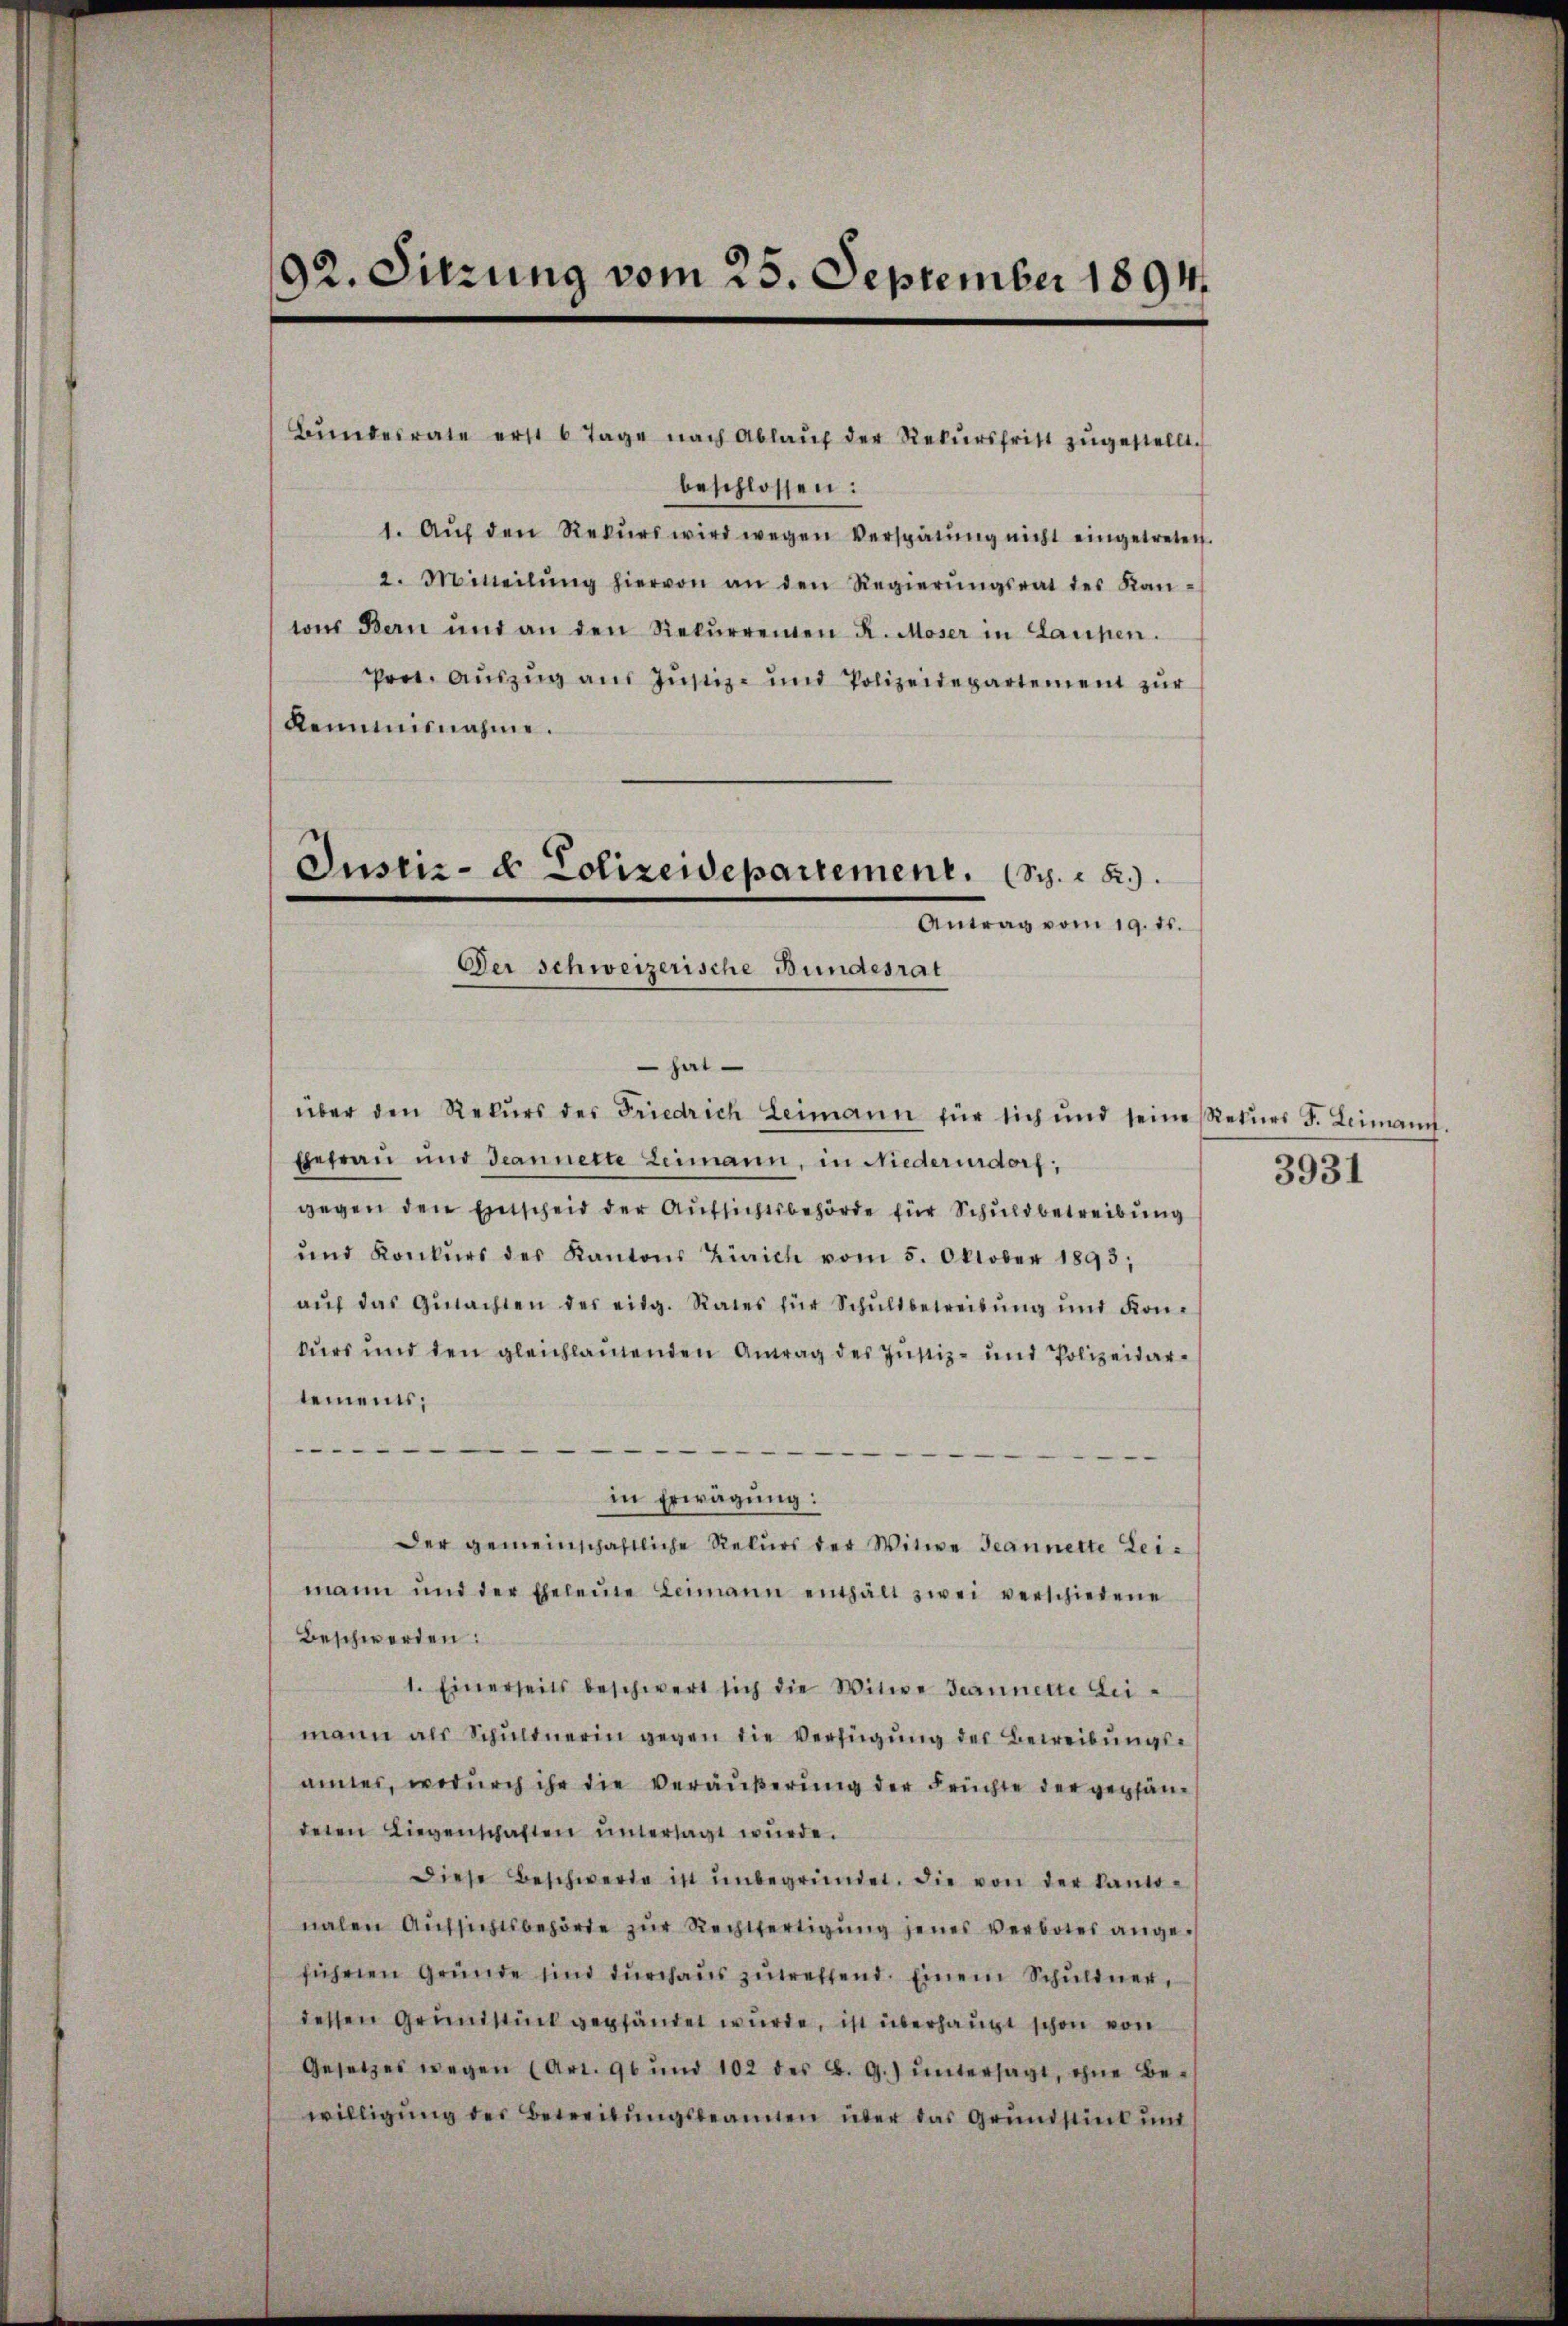
92. Sitzung vom 25. September 1894.

Bŭndesrate erst 6 Tage nach Ablaŭf der Rekŭrsfrist zŭgestellt.
beschlossen:
1. Aŭf den Rekŭrs wird wegen Verspätŭng nicht eingetreten.
2. Mitteilŭng hiervon an den Regierŭngsrat des Kan-
tons Bern und an den Rekŭrrenten R. Moser in Laupen.
Prot. Aŭszŭg aŭs Jŭstiz- und Polizeidepartement zŭr
Remminnahme.
Justiz- & Polizeidepartement. S. 28.
Antrag vom 19. ds.
Der schweizerische Bundesrat

hat
über den Rekŭrs der Friedrich Leimann für sich und seine Rekŭrs F. Leimann.
Ehefrau und deannerte Leimann, in Niederurdorf,
gegen den Entscheid der Aufsichtsbehörde für Schuldbetreibung
ŭnd Konkŭrs des Kantons Zürich vom 5. Oktober 1893,
aŭf das Gŭtachten des eidg. Rates für Schŭldbetreibŭng ŭnd Kon-
kŭrs und den gleichlautenden Antrag des Jŭstiz- und Polizeider-
tements;
.

—
in Erwägung:
Der gemeinschaftliche Rekurs der Witwe Jeannette Leimann und der Eheleute Leimann enthält zwei verschiedene
Beschwerden:
1. Einerseits beschwert sich die Witwe Jeannerte Leimann als Schuldnerin gegen die Verfügung des Betreibungsamter, wodurch ihr die Veräußerung der Früchte der gepfändeten Liegenschaften untersagt würde.
Diese Beschwerte ist ŭnbegründet, die von der kantonalen Aŭfsichtsbehörde zŭr Rechtfertigŭng jenes Verbotes angeführen Gründe sind durchaŭs zŭtreffend. Einem Schŭldner,
dessen Grundstück gegländet wurde, ist überhaupt schon von
Gesetzes wegen (Art. 96 und 102 des B. G.) ŭntersagt, ohne Be-
willigung des Betreitungsbeamten über das Grundstück und

3931